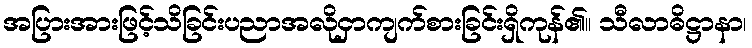
အပြားအားဖြင့်သိခြင်းပညာအလိုငှာကျက်စားခြင်းရှိကုန်၏။ သီလာဓိဋ္ဌာနာ၊